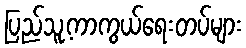
ပြည်သူ့ကာကွယ်ရေးတပ်များ